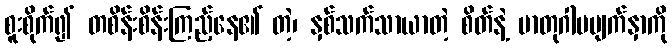
စူးစိုက်၍ တစိန်းစိန်းကြည့်နေ၏ တဲ့၊ နှစ်သက်သာယာတဲ့ စိတ်နဲ့ မာတုဂါမမျက်နှာကို